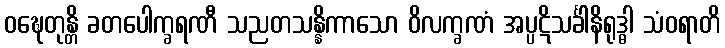
ဝဍ္ဎေတုန္တိ ခတပေါက္ခရဏီ သညတသန္နိကာသော ဝိလက္ခဏံ အပ္ပဋိသင်္ခါနိရုဒ္ဓါ သံဝရာတိ